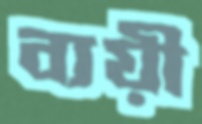
ব্যয়ী